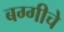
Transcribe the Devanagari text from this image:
बग्गीचे